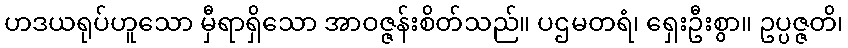
ဟဒယရုပ်ဟူသော မှီရာရှိသော အာဝဇ္ဇန်းစိတ်သည်။ ပဌမတရံ၊ ရှေးဦးစွာ။ ဥပ္ပဇ္ဇတိ၊